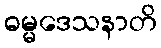
ဓမ္မဒေသနာတိ